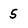
Character: 5